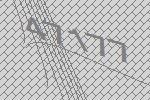
47177